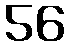
56